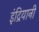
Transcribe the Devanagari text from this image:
इंद्रियानी